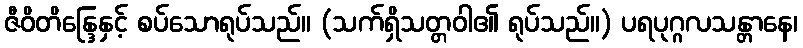
ဇီဝိတိန္ဒြေနှင့် စပ်သောရုပ်သည်။ (သက်ရှိသတ္တဝါ၏ ရုပ်သည်။) ပရပုဂ္ဂလသန္တာနေ၊